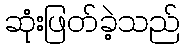
ဆုံးဖြတ်ခဲ့သည်